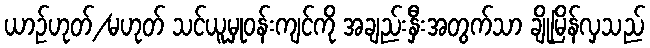
ယာဉ်ဟုတ်/မဟုတ် သင်ယူမှုဝန်းကျင်ကို အချည်းနှီးအတွက်သာ ချိုမြိန်လှသည်